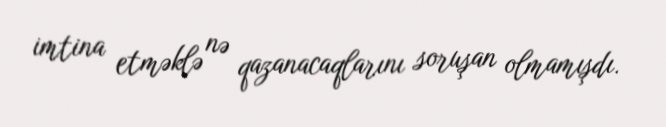
imtina etməklə nə qazanacaqlarını soruşan olmamışdı.